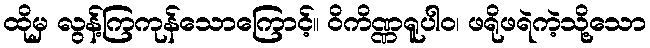
ထိုမှ လွန့်ကြကုန်သောကြောင့်။ ဝိကိဏ္ဏရူပါဝ၊ ဖရိုဖရဲကဲ့သို့သော